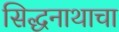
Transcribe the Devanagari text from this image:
सिद्धनाथाचा